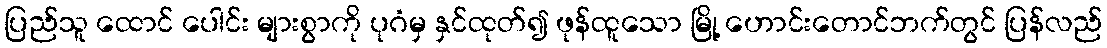
ပြည်သူ ထောင် ပေါင်း များစွာကို ပုဂံမှ နှင်ထုတ်၍ ဖုန်ထူသော မြို့ ဟောင်းတောင်ဘက်တွင် ပြန်လည်